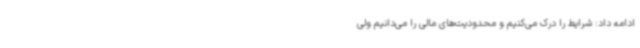
ادامه داد: شرایط را درک می‌کنیم و محدودیت‌های مالی را می‌دانیم ولی